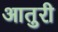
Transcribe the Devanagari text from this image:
आतुरी